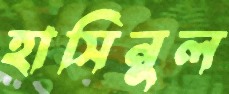
হাসিনুল